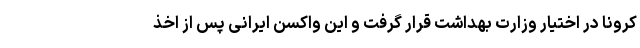
کرونا در اختیار وزارت بهداشت قرار گرفت و این واکسن ایرانی پس از اخذ